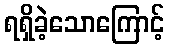
ရရှိခဲ့သောကြောင့်